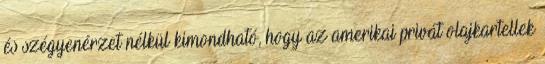
és szégyenérzet nélkül kimondható, hogy az amerikai privát olajkartellek